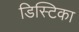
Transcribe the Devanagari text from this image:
डिस्टिका